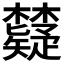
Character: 𬅐